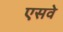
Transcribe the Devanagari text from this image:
एसवे